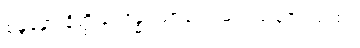
စန္ဒနော နိတ္ထိယံ ဂန္ဓ၊ သာရော မလယဇော ပျထ။